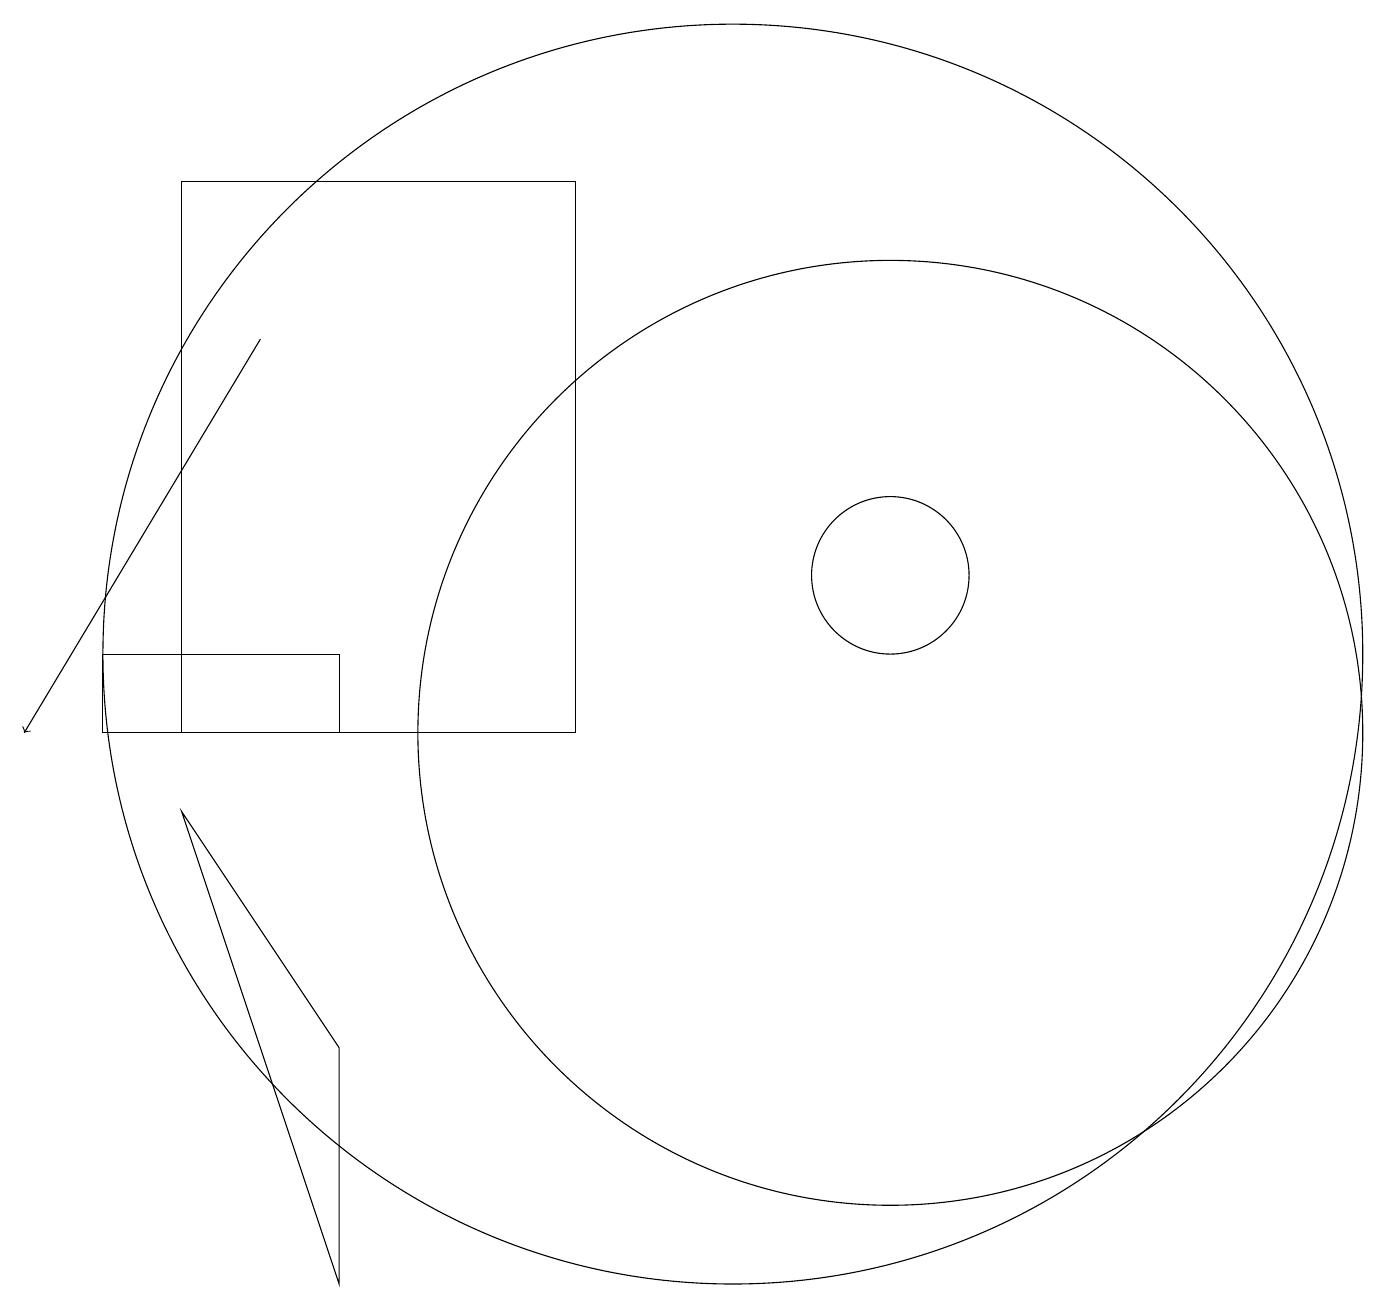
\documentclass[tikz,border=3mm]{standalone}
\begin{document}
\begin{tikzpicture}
\draw (12,12) circle (1);
\draw (3,17) rectangle (8,10);
\draw (2,11) rectangle (5,10);
\draw[->] (4,15) -- (1,10);
\draw (10,11) circle (8);
\draw (5,6) -- (3,9) -- (5,3) -- cycle;
\draw (12,10) circle (6);
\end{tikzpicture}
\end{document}